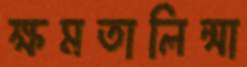
ক্ষমতালিন্সা